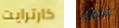
كارترايت سلطات